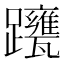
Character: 𨇹